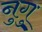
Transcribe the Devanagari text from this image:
नुगु